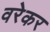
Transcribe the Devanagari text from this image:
वरेकर